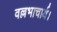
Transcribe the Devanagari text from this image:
वल्लभाचार्य।